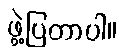
ဖွဲ့ပြတာပါ။